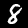
Digit: 8